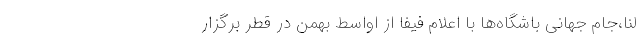
لنا،جام جهانی باشگاه‌ها با اعلام فیفا از اواسط بهمن در قطر برگزار